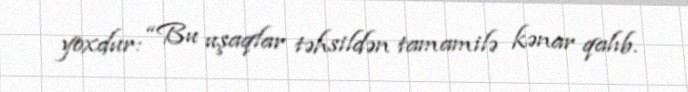
yoxdur: “Bu uşaqlar təhsildən tamamilə kənar qalıb.